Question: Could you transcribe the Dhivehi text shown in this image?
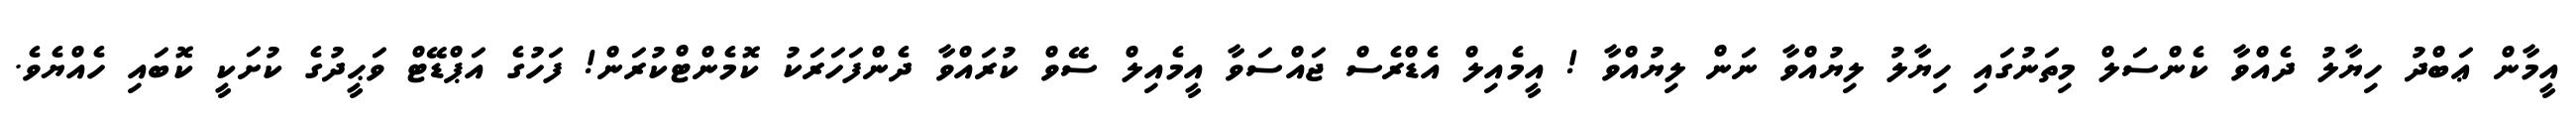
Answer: އީމާން ޢަބްދު ހިޔާލު ދެއްވާ ކެންސަލް މިތަނުގައި ހިޔާލު ލިޔުއްވާ ނަން ލިޔުއްވާ ! އީމެއިލް އެޑްރެސް ޖައްސަވާ އީމެއިލް ސޭވް ކުރައްވާ ދެންފަހަރަކު ކޮމެންޓްކުރަން! ފަހުގެ އަޕްޑޭޓް ވަޙީދުގެ ކުށަކީ ކޮބައި ހެއްޔެވެ.